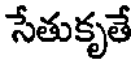
సేతుకృతే